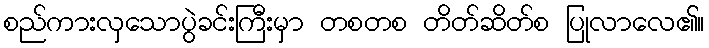
စည်ကားလှသောပွဲခင်းကြီးမှာ တစတစ တိတ်ဆိတ်စ ပြုလာလေ၏။